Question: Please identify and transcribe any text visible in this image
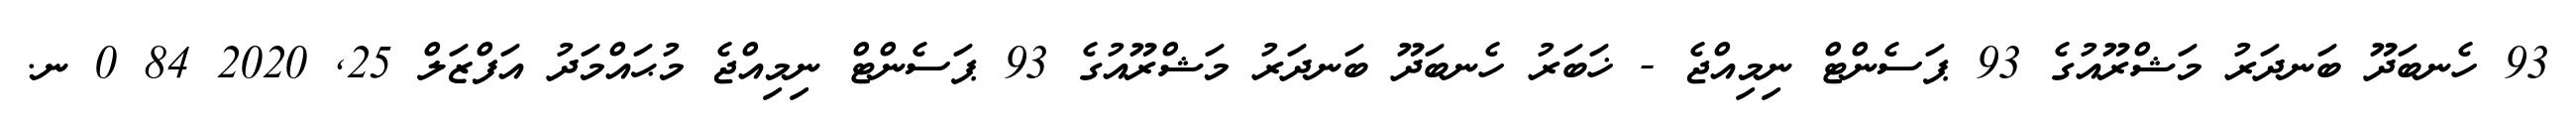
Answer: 93 ހެނބަދޫ ބަނދަރު މަޝްރޫއުގެ 93 ޕަސެންޓް ނިމިއްޖެ - ޚަބަރު ހެނބަދޫ ބަނދަރު މަޝްރޫއުގެ 93 ޕަސެންޓް ނިމިއްޖެ މުޙައްމަދު އަފްޒަލް 25, 2020 84 0 ނ.